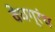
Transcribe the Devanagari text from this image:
वेधग्रंथ